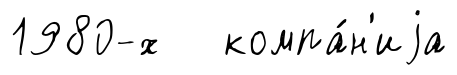
1980-х компа́н'иjа